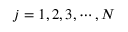
j = 1 , 2 , 3 , \cdots , N